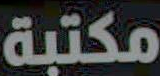
مكتبة